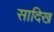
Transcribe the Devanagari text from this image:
सादिख